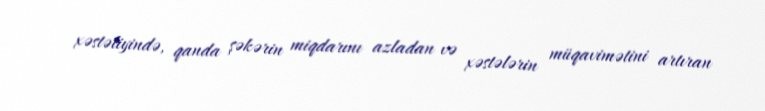
xəstəliyində, qanda şəkərin miqdarını azladan və xəstələrin müqavimətini artıran